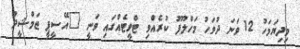
މިދިޔަމަހު 12 ވަނަ ދުވަހު މަހްލޫފު ކުރެއްވި ޓްވީޓެއްގައި ވަނީ "އޭސީޕީ ޖަމްޝީދް